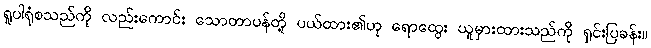
ရူပါရုံစသည်ကို လည်းကောင်း သောတာပန်တို့ ပယ်ထား၏ဟု ရောထွေး ယူမှားထားသည်ကို ရှင်းပြခန်း။